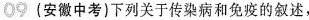
09 (安徽中考)下列关于传染病和免疫的叙述，